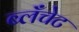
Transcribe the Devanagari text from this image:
ब्लॅंचेट